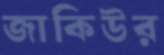
জাকিউর